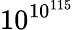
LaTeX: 10^{10^{115}}